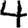
Digit: 4